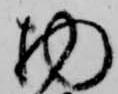
物